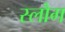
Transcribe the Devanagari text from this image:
स्लौग